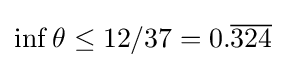
\inf \theta \leq 12/37=0.{\overline {324}}